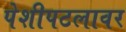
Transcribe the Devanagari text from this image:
पेशीपटलावर